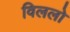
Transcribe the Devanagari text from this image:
विललो